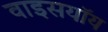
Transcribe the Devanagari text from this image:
वाइसयॉय